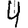
Digit: 4